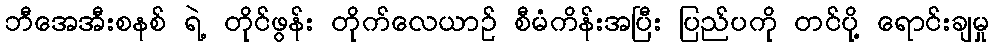
ဘီအေအီးစနစ် ရဲ့ တိုင်ဖွန်း တိုက်လေယာဉ် စီမံကိန်းအပြီး ပြည်ပကို တင်ပို့ ရောင်းချမှု